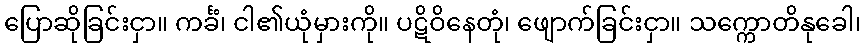
ပြောဆိုခြင်းငှာ။ ကင်္ခံ၊ ငါ၏ယုံမှားကို။ ပဋိဝိနေတုံ၊ ဖျောက်ခြင်းငှာ။ သက္ကောတိနုခေါ၊